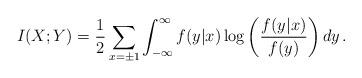
LaTeX: \begin{align*}I(X;Y)=\frac{1}{2}\sum_{x=\pm1}\int_{-\infty}^{\infty}f(y|x)\log\left(\frac{f(y|x)}{f(y)}\right)dy\,.\end{align*}